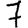
Digit: 7